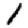
Digit: 1